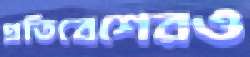
প্রতিবেশেরও